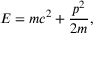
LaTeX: E = m c ^ { 2 } + { \frac { p ^ { 2 } } { 2 m } } ,